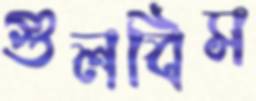
গুলবিস